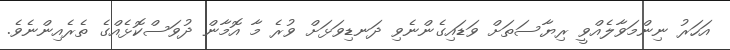
އަހަރު ނިންމަވާލެއްވީ ރިޔާސަތަށް ވަޑައިގެންނެވި ދަނޑިވަޅަށް ވުރެ މާ އޮމާން ދުވަސްކޮޅެއްގެ ތެރެއިންނެވެ.